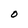
Character: O